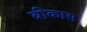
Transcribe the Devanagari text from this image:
वीकास